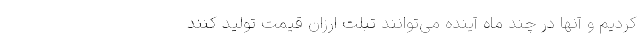
کردیم و آنها در چند ماه آینده می‌توانند تبلت ارزان قیمت تولید کنند